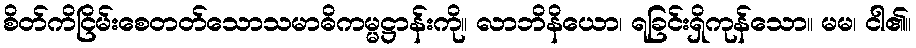
စိတ်ကိငြိမ်းစေတတ်သောသမာဓိကမ္မဋ္ဌာန်းကို။ လာဘိနိယော၊ ရခြင်းရှိကုန်သော။ မမ၊ ငါ၏။